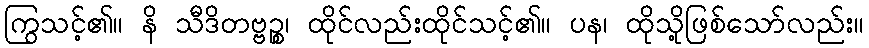
ကြွသင့်၏။ နိ သီဒိတဗ္ဗဉ္စ၊ ထိုင်လည်းထိုင်သင့်၏။ ပန၊ ထိုသို့ဖြစ်သော်လည်း။